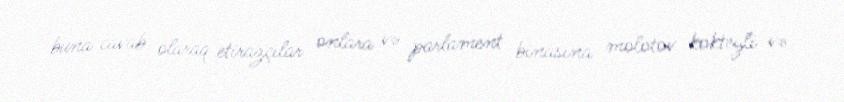
buna cavab olaraq etirazçılar onlara və parlament binasına molotov kokteyli və